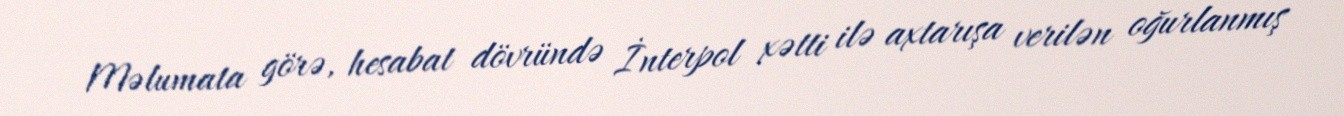
Məlumata görə, hesabat dövründə İnterpol xətti ilə axtarışa verilən oğurlanmış